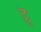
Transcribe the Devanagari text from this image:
द्रु